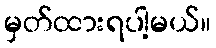
မှတ်ထားရပါ့မယ်။